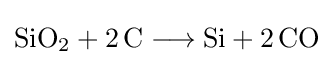
{\mathrm {SiO} {\vphantom {A}}_{\smash[{t}]{2}}{}+{}2\,\mathrm {C} {}\mathrel {\longrightarrow } {}\mathrm {Si} {}+{}2\,\mathrm {CO} }